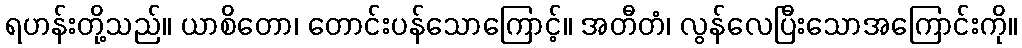
ရဟန်းတို့သည်။ ယာစိတော၊ တောင်းပန်သောကြောင့်။ အတီတံ၊ လွန်လေပြီးသောအကြောင်းကို။